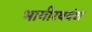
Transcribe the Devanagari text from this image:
भागीरथवंश